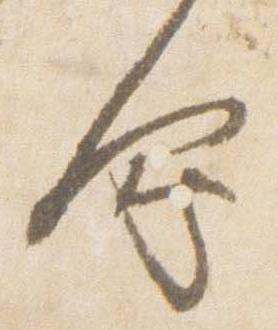
会